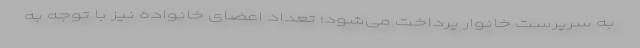
به سرپرست خانوار پرداخت می‌شود؛ تعداد اعضای خانواده نیز با توجه به